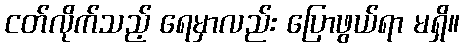
ငတ်လိုက်သည့် ရေမှာလည်း ပြောဖွယ်ရာ မရှိ။